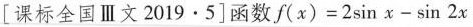
例[课标全国Ⅲ文2019·5]函数在[0，2π]的零点个数为 $$\frac{f(x)=2 \sin x- \sin2x